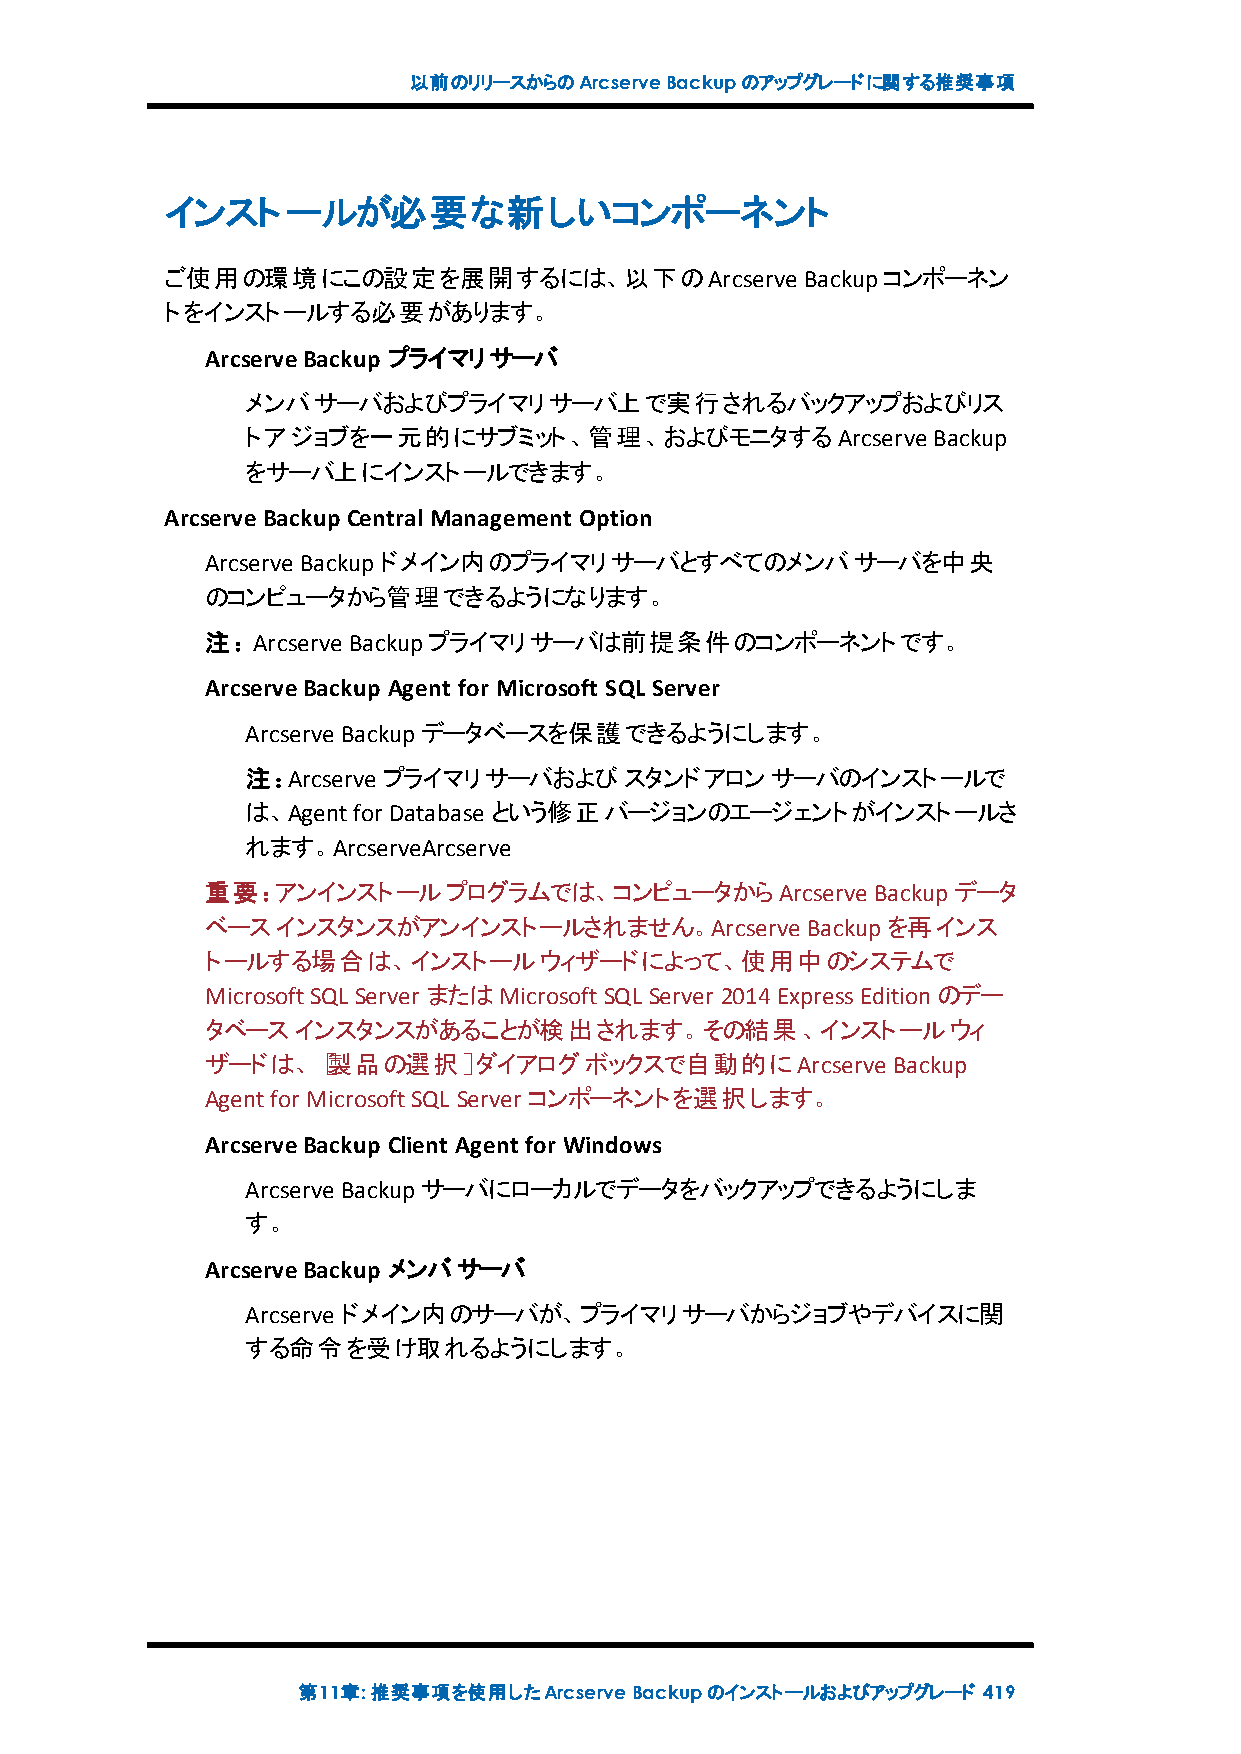
以前のリリースからのArcserveBackupのアップグレードに関する推奨事項
 インストールが必要な新しいコンポーネント
 ご使用の環境にこの設定を展開するには、以下のArcserve            Backupコンポーネン
 トをインストールする必要があります。
 ArcserveBackup プライマリサーバ
 メンバサーバおよびプライマリサーバ上で実行されるバックアップおよびリス
 トアジョブを一元的にサブミット、管理、およびモニタするArcserve           Backup
 をサーバ上にインストールできます。
 ArcserveBackup Central Management Option
 Arcserve Backupドメイン内のプライマリサーバとすべてのメンバサーバを中央
 のコンピュータから管理できるようになります。
 注：Arcserve Backupプライマリサーバは前提条件のコンポーネントです。
 ArcserveBackup Agent for Microsoft SQL Server
 Arcserve Backupデータベースを保護できるようにします。
 注：Arcserve プライマリサーバおよびスタンドアロンサーバのインストールで
 は、Agentfor Database という修正バージョンのエージェントがインストールさ
 れます。ArcserveArcserve
 重要：アンインストールプログラムでは、コンピュータからArcserve         Backupデータ
 ベースインスタンスがアンインストールされません。Arcserve       Backupを再インス
 トールする場合は、インストールウィザードによって、使用中のシステムで
 MicrosoftSQL Server またはMicrosoftSQL Server 2014ExpressEditionのデー
 タベースインスタンスがあることが検出されます。その結果、インストールウィ
 ザードは、［製品の選択］ダイアログボックスで自動的にArcserve           Backup
 Agentfor MicrosoftSQL Server コンポーネントを選択します。
 ArcserveBackup Client Agent for Windows
 Arcserve Backupサーバにローカルでデータをバックアップできるようにしま
 す。
 ArcserveBackup メンバサーバ
 Arcserve ドメイン内のサーバが、プライマリサーバからジョブやデバイスに関
 する命令を受け取れるようにします。
 第11章:推奨事項を使用したArcserveBackupのインストールおよびアップグレード 419